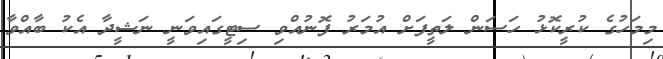
މިމަހުގެ ކުރީކޮޅު ހަސަން ލަތީފަށް އުމަރު ފޮނުއްވި ސިޓީގައިވަނީ ނަޝީދާ އެކު ބާއްވާ